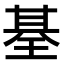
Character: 𤦢